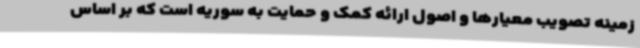
زمینه تصویب معیارها و اصول ارائه کمک و حمایت به سوریه است که بر اساس